Scientific memoirs by medical officers of the Army of India - Part V,
Year: 1890
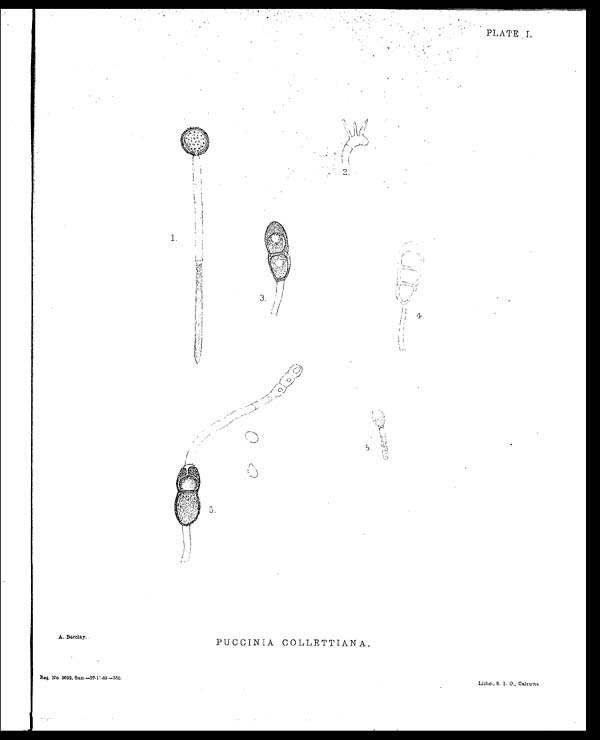
A. Barclay.
PUCCINIA COLLETTIANA.
PLATE I.
Reg. No. 2692, San.—37-11-89—350.
Litho. S. I. O., Calcutta.